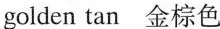
golden tan 金棕色